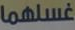
غسلهما